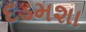
દડમશા